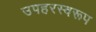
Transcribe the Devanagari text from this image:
उपहरस्वरूप